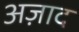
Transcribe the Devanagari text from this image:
अज़ाद